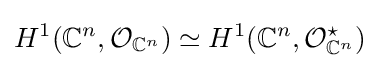
H^{1}(\mathbb {C} ^{n},{\mathcal {O}}_{\mathbb {C} ^{n}})\simeq H^{1}(\mathbb {C} ^{n},{\mathcal {O}}_{\mathbb {C} ^{n}}^{\star })